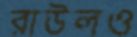
রাউলও